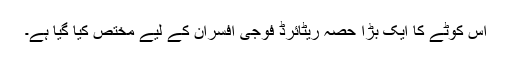
اس کوٹے کا ایک بڑا حصہ ریٹائرڈ فوجی افسران کے لیے مختص کیا گیا ہے۔